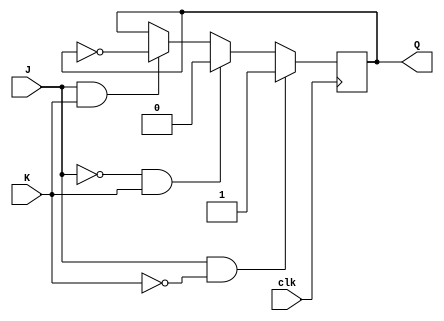
module JK_flipflop (
    input J,
    input K,
    input clk,
    output reg Q
);

always @(posedge clk) begin
    if (J && !K)
        Q <= 1;
    else if (!J && K)
        Q <= 0;
    else if (J && K)
        Q <= ~Q;
end

endmodule